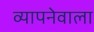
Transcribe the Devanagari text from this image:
व्यापनेवाला